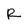
Character: R